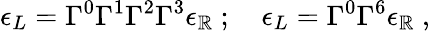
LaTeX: \epsilon_{L}=\Gamma^{0}\Gamma^{1}\Gamma^{2}\Gamma^{3}\epsilon_{\mathbb{R}}\ ;\quad\epsilon_{L}=\Gamma^{0}\Gamma^{6}\epsilon_{\mathbb{R}}\ ,